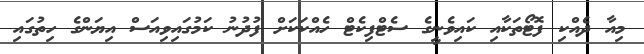
މިއާ ދެއްކި ފޮޓޯތަކާއި ކައިވެނީގެ ސެޓްފިކެޓް ހެއްކަކަށް ފުދުނު ކަމުގައިވިއަސް އިޔަންގެ ހިތުގައި